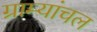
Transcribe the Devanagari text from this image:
ग्राम्यांचल